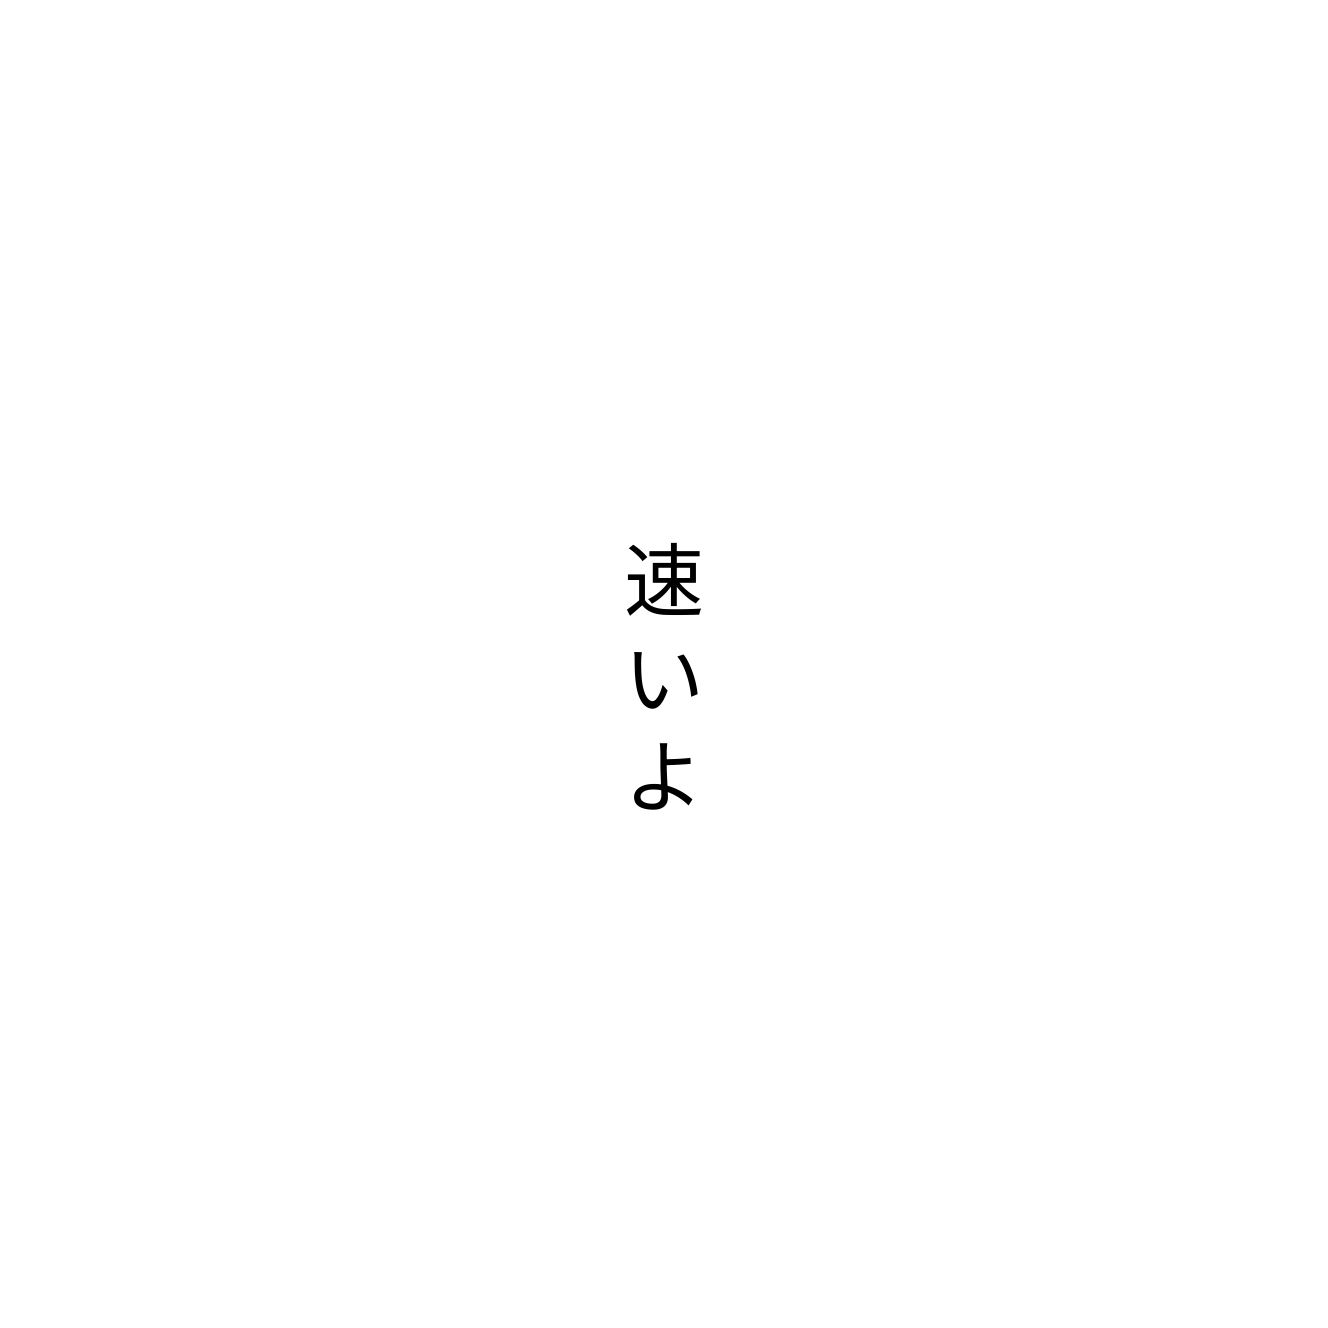
速いよ